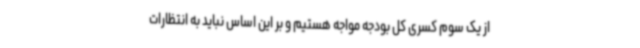
از یک سوم کسری کل بودجه مواجه هستیم و بر این اساس نباید به انتظارات